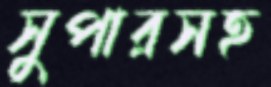
সুপারসহ